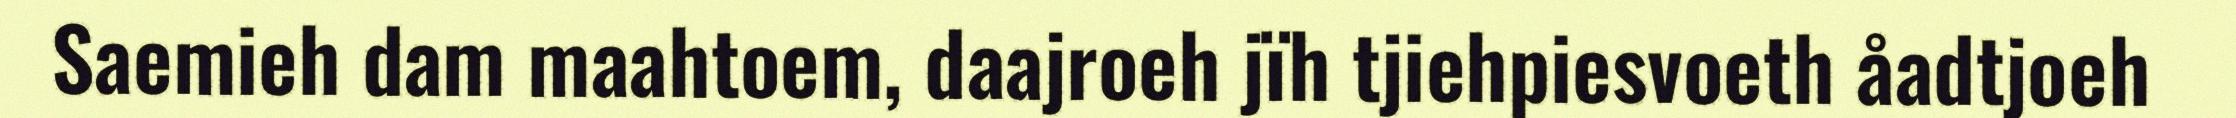
Saemieh dam maahtoem, daajroeh jïh tjiehpiesvoeth åadtjoeh